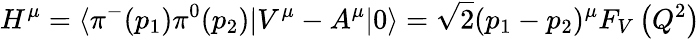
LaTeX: H^{\mu}=\langle\pi^{-}(p_{1})\pi^{0}(p_{2})|V^{\mu}-A^{\mu}|0\rangle=\sqrt{2}(p_{1}-p_{2})^{\mu}F_{V}\left(Q^{2}\right)